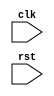
module timing_control_and_sync (
    input wire clk,
    input wire rst,
    // Other input and output signals
    
    // Define internal signals and registers
    
    // Clock domain management logic
    
    // Clock domain crossing logic
    
    // Synchronization logic
    
    // Signal timing constraints
    
    // Other necessary logic
    
);

// Verilog code for timing control and synchronization here

endmodule